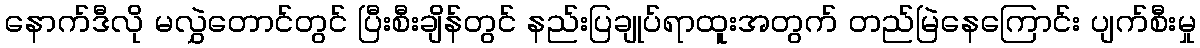
နောက်ဒီလို မလွှဲတောင်တွင် ပြီးစီးချိန်တွင် နည်းပြချုပ်ရာထူးအတွက် တည်မြဲနေကြောင်း ပျက်စီးမှု